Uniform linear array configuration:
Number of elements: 24
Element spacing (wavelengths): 1
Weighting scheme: blackman
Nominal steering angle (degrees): -30
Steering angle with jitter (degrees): -30.079
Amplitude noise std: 0.05
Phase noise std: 0.05

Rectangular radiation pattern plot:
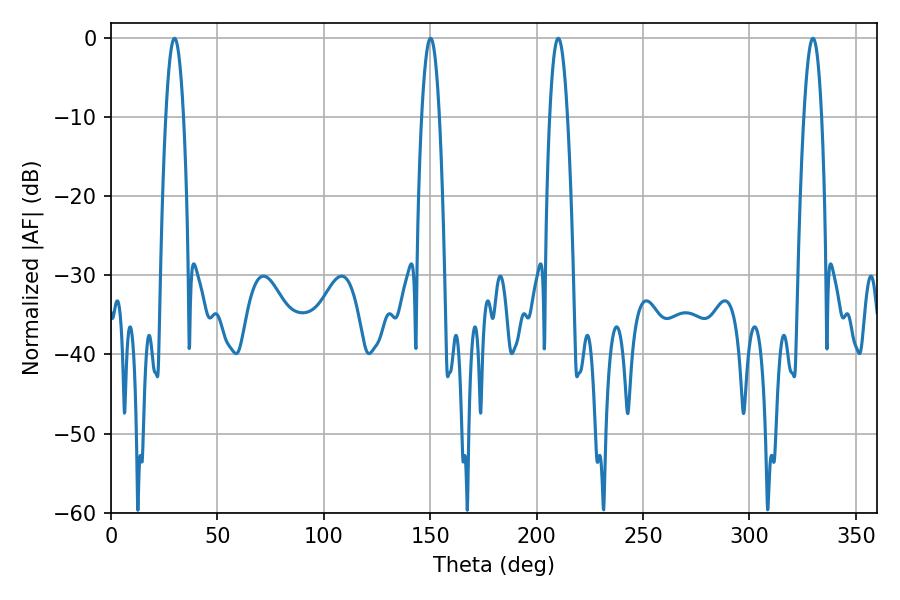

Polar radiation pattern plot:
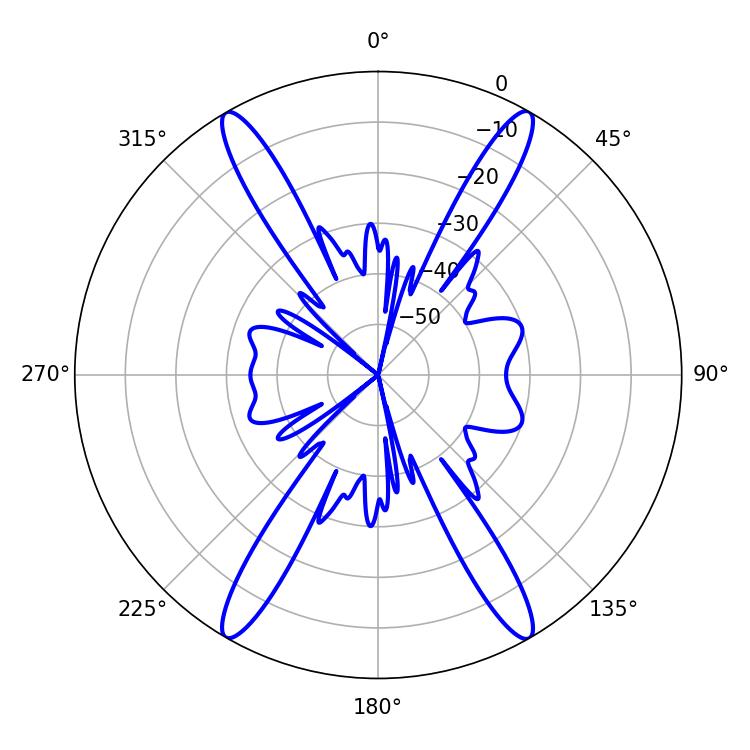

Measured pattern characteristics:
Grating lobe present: TRUE
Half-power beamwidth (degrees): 4.68
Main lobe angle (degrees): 29.88